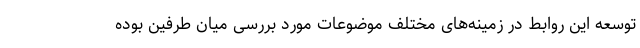
توسعه این روابط در زمینه‌های مختلف موضوعات مورد بررسی میان طرفین بوده